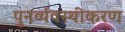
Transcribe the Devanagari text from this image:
पुनर्व्यवस्थीकरण